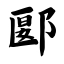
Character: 郾